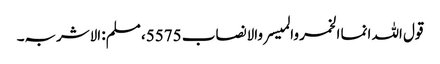
قول اللہ انما الخمر والمیسر والانصاب 5575، مسلم: الاشربہ۔